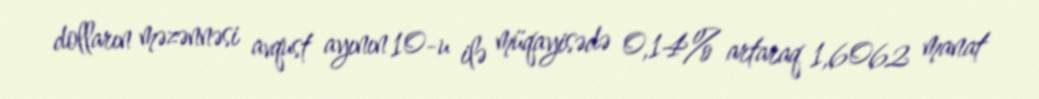
dolların məzənnəsi avqust ayının 10-u ilə müqayisədə 0,14% artaraq 1,6062 manat